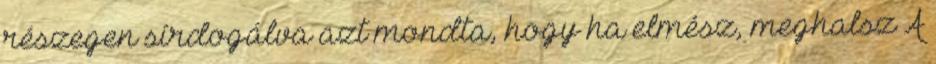
részegen sírdogálva azt mondta, hogy ha elmész, meghalsz A